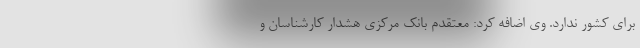
برای کشور ندارد. وی اضافه کرد: معتقدم بانک مرکزی هشدار کارشناسان و